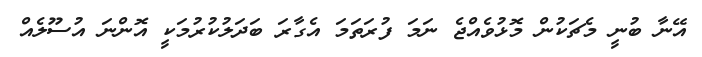
އޭނާ ބުނީ މެޗަކުން މޮޅުވެއްޖެ ނަމަ ފުރަތަމަ އެގާރަ ބަދަލުކުރުމަކީ އޮންނަ އުސޫލެއް